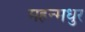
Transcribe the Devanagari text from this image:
महन्मधुर